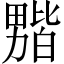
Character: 𫦻